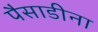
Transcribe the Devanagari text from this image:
पैसाडीना